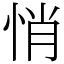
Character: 悄